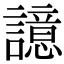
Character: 譩